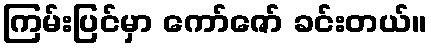
ကြမ်းပြင်မှာ ကော်ဇော် ခင်းတယ်။